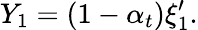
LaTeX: Y_{1}=(1-\alpha_{t})\xi_{1}^{\prime}.